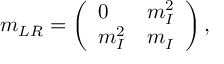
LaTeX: m _ { L R } = \left( \begin{array} { l l } { { 0 } } & { { m _ { I } ^ { 2 } } } \\ { { m _ { I } ^ { 2 } } } & { { m _ { I } } } \end{array} \right) ,